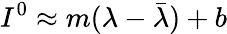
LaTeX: I^{0}\approx m(\lambda-\bar{\lambda})+b